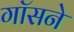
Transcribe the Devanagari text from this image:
गॉसने